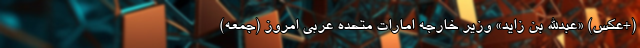
(+عکس) «عبدالله بن زاید» وزیر خارجه امارات متحده عربی امروز (جمعه)